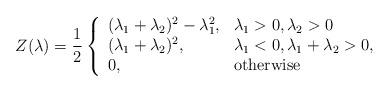
LaTeX: \begin{align*} Z(\lambda) = \frac{1}{2}\left\{ \begin{array}{ll}(\lambda_1+\lambda_2)^2 - \lambda_1^2, & \lambda_1 > 0, \lambda_2 > 0 \\(\lambda_1+\lambda_2)^2, & \lambda_1 < 0, \lambda_1 + \lambda_2 > 0, \\0, & \mathrm{otherwise}\end{array} \right. \end{align*}